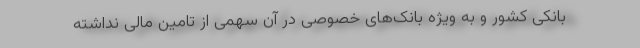
بانکی کشور و به ویژه بانک‌های خصوصی در آن سهمی از تامین مالی نداشته